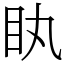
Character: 䀓